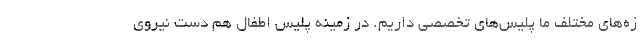
زه‌های مختلف ما پلیس‌های تخصصی داریم. در زمینه پلیس اطفال هم دست نیروی